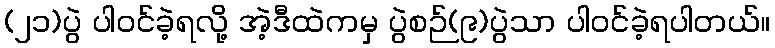
(၂၁)ပွဲ ပါဝင်ခဲ့ရလို့ အဲ့ဒီထဲကမှ ပွဲစဉ်(၉)ပွဲသာ ပါဝင်ခဲ့ရပါတယ်။